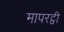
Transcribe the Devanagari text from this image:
मापरट्वी